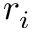
r _ { i }